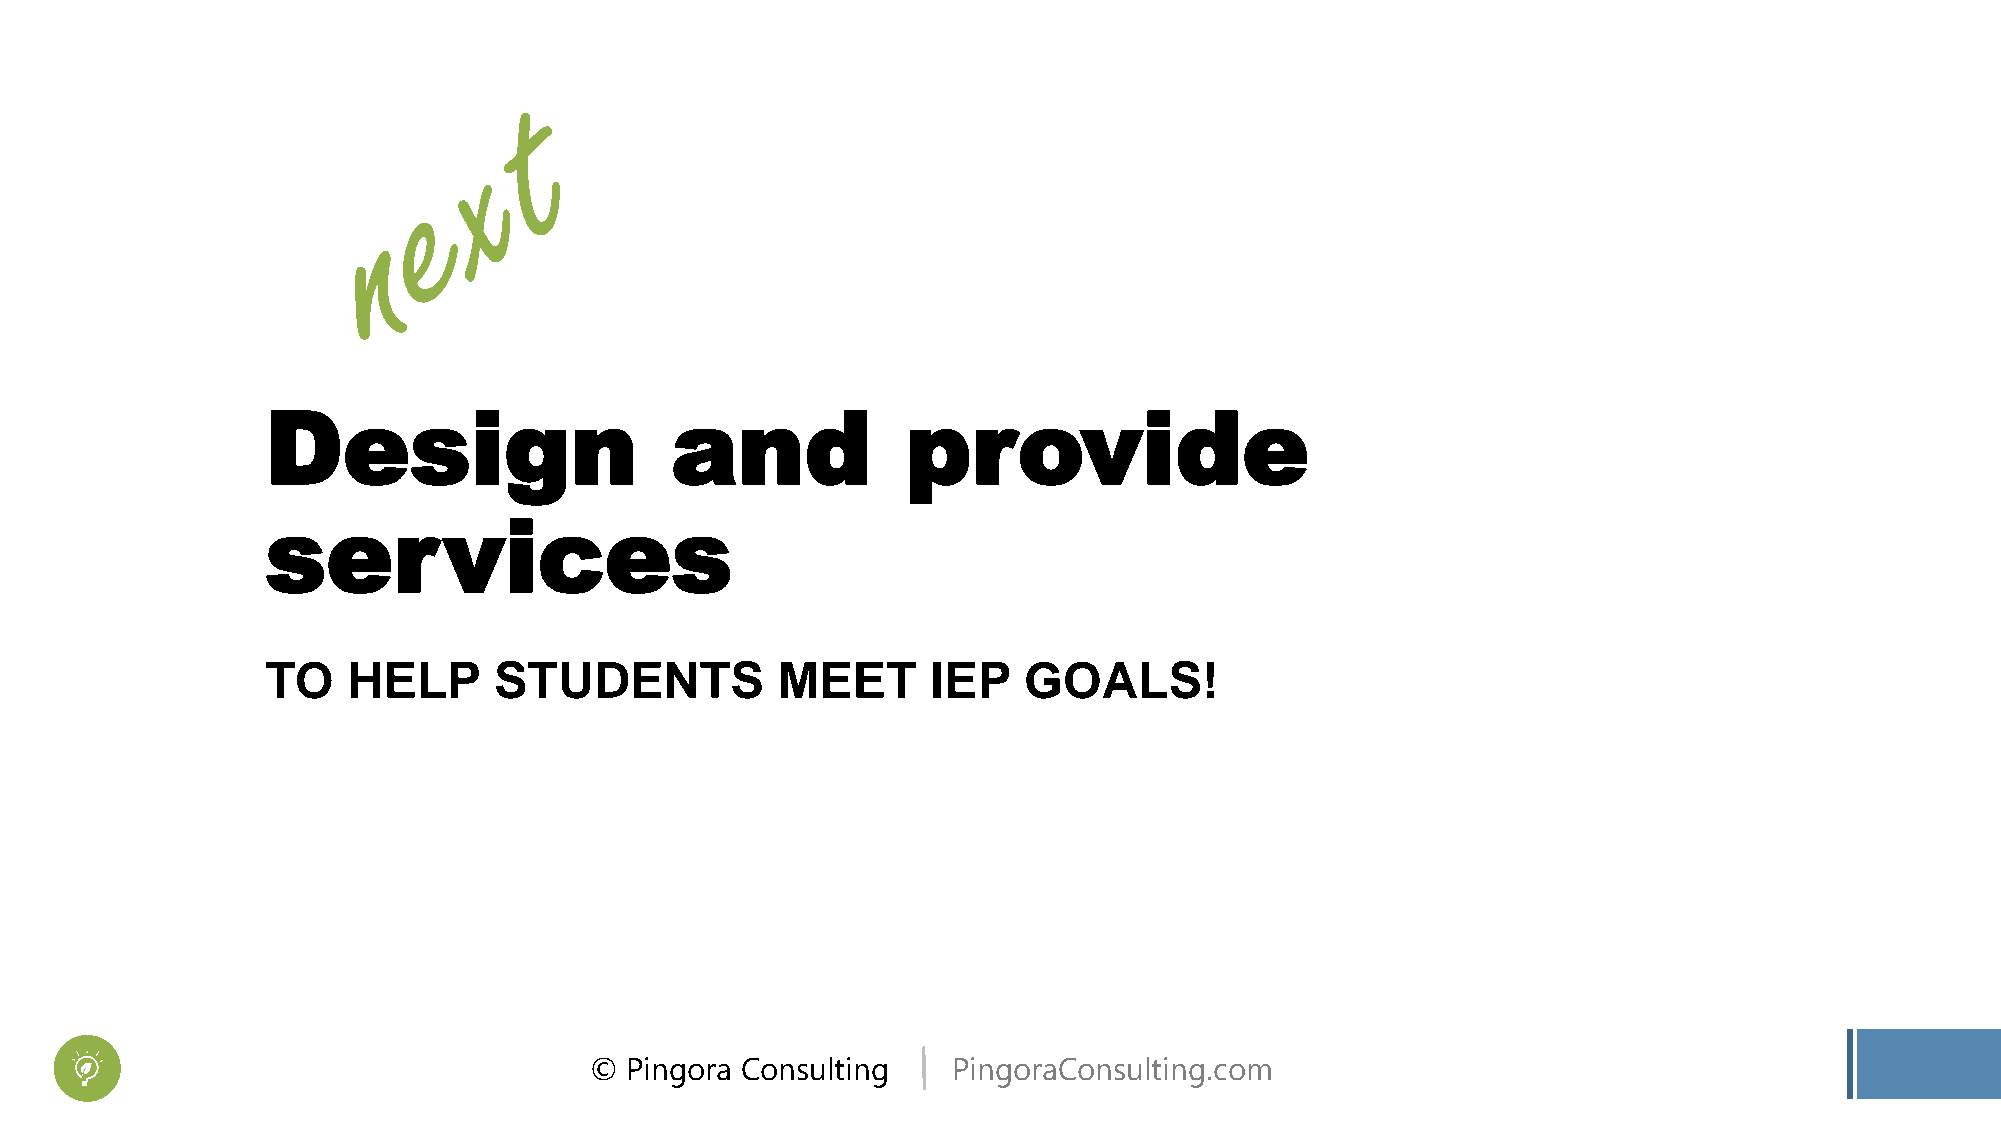
Design                    and             provide
 services
 TO   HELP      STUDENTS          MEET       IEP   GOALS!
 © Pingora Consulting    PingoraConsulting.com